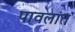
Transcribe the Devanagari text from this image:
पावलांत